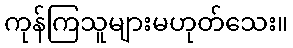
ကုန်ကြသူများမဟုတ်သေး။